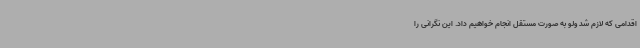
اقدامی که لازم شد ولو به صورت مستقل انجام خواهیم داد. این نگرانی را